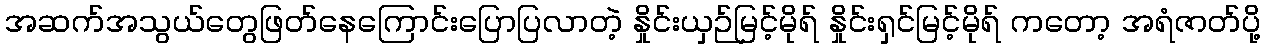
အဆက်အသွယ်တွေဖြတ်နေကြောင်းပြောပြလာတဲ့ နှိုင်းယှဉ်မြင့်မိုရ် နှိုင်းရှင်မြင့်မိုရ် ကတော့ အရံဇာတ်ပို့